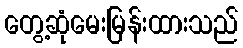
တွေ့ဆုံမေးမြန်းထားသည်